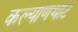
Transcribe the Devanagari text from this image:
कल्याणथाट